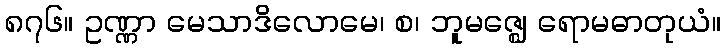
၈၇၆။ ဥဏ္ဏာ မေသာဒိလောမေ၊ စ၊ ဘူမဇ္ဈေ ရောမဓာတုယံ။